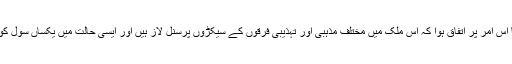
میٹنگ کے شرکاء کا اس امر پر اتفاق ہوا کہ اس ملک میں مختلف مذہبی اور تہذیبی فرقوں کے سیکڑوں پرسنل لاز ہیں اور ایسی حالت میں یکساں سول کوڈ کا نفاذ ناممکن ہے۔